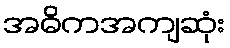
အဓိကအကျဆုံး